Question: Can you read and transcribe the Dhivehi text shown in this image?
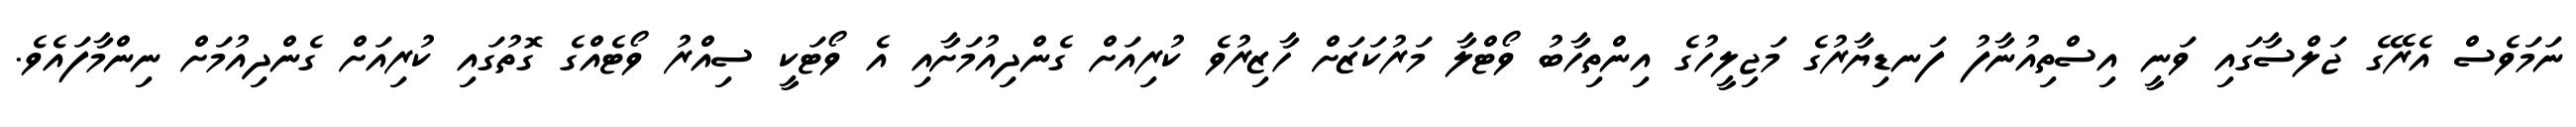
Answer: ނަމަވެސް އެރޭގެ ޖަލްސާގައި ވަނީ އިސްތިއުނާފު ފަނޑިޔާރުގެ މަޖިލީހުގެ އިންތިހާބު ވޯޓްލާ މަރުކަޒަށް ހާޒިރުވެ ކުރިއަށް ގެންދިއުމަށާއި އެ ވޯޓަކީ ސިއްރު ވޯޓެއްގެ ގޮތުގައި ކުރިއަށް ގެންދިއުމަށް ނިންމާފައެވެ.